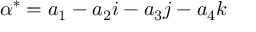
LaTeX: \alpha ^ { * } = a _ { 1 } - a _ { 2 } i - a _ { 3 } j - a _ { 4 } k